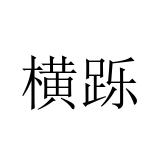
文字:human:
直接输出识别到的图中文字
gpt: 横跞